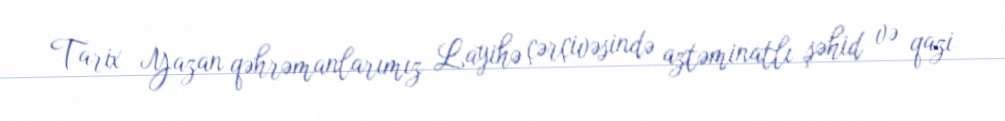
Tarix Yazan qəhrəmanlarımız Layihə çərçivəsində aztəminatlı şəhid və qazi